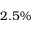
2 . 5 \%